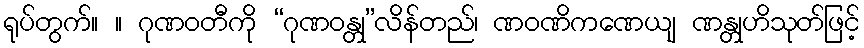
ရုပ်တွက်။ ။ ဂုဏဝတီကို “ဂုဏဝန္တု”လိန်တည်၊ ဏဝဏိကဏေယျ ဏန္တုဟိသုတ်ဖြင့်